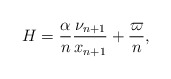
\begin{align*}H=\frac{\alpha}{n}\frac{\nu_{n+1}}{x_{n+1}}+\frac{\varpi}{n},\end{align*}